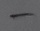
Text: -